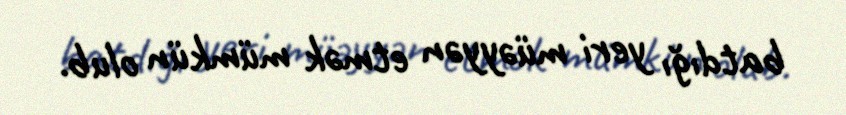
batdığı yeri müəyyən etmək mümkün olub.